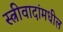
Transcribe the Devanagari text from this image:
स्त्रीवादांमधील